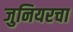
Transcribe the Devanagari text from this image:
जुनियरचा